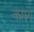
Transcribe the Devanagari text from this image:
कारुंग